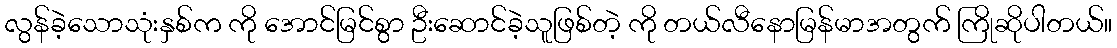
လွန်ခဲ့သောသုံးနှစ်က ကို အောင်မြင်စွာ ဦးဆောင်ခဲ့သူဖြစ်တဲ့ ကို တယ်လီနောမြန်မာအတွက် ကြိုဆိုပါတယ်။